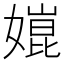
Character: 𡠰